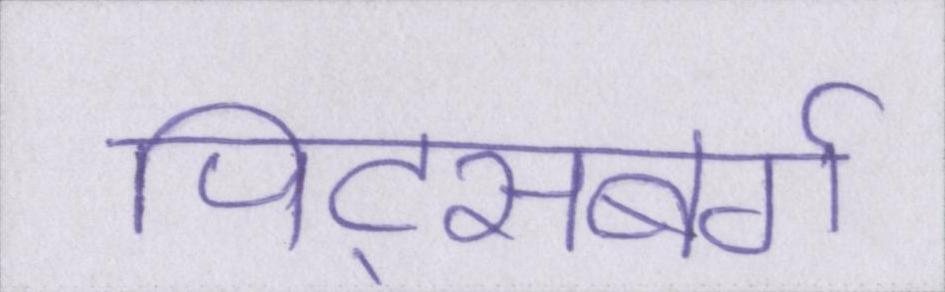
पिट्सबर्ग